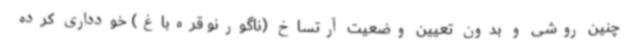
چنین روشی و بدون تعیین وضعیت آرتساخ (ناگورنو قره‌باغ) خودداری کرده